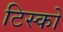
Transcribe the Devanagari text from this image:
टिस्‍को